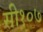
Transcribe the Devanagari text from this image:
सी१०७